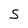
Character: S